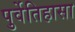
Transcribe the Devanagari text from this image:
पुर्वेतिहासा